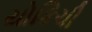
યોકિચી